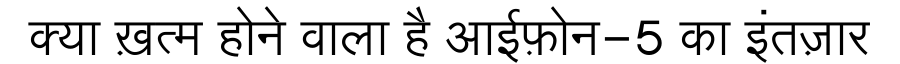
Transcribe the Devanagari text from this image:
क्या ख़त्म होने वाला है आईफ़ोन-5 का इंतज़ार